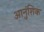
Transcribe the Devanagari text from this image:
आनुंशिक